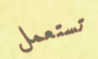
تستعمل